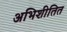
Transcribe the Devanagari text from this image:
अभिशीतित